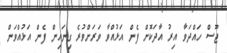
ޖޫސް ހައްދަވާ އިރު އާދަކޮށް ފެން އަޅުއްވާ ވަރަށްވުރެ ގިނައިން ފެން އަޅުއްވަން